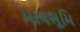
માલભૂમિ